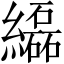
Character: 𦇒